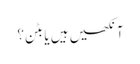
آنکھیں ہیں یا بٹن؟